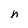
Character: n